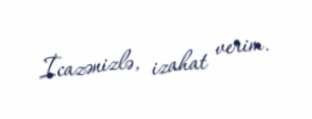
İcazənizlə, izahat verim.